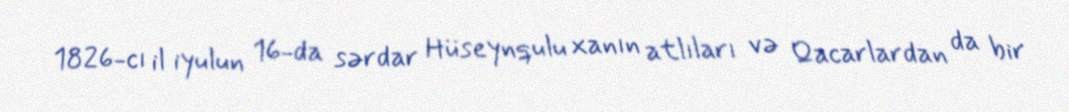
1826-cı il iyulun 16-da sərdar Hüseynqulu xanın atlıları və Qacarlardan da bir